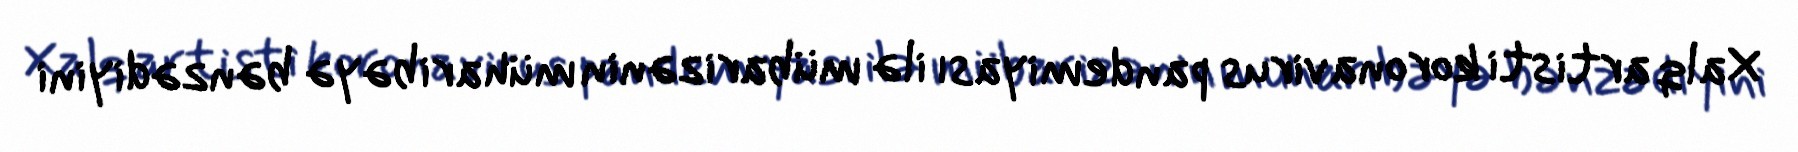
Xalq artisti koronavirus pandemiyası ilə mübarizənin müharibəyə bənzədiyini